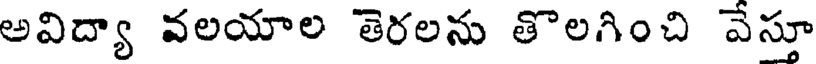
అవిద్యా వలయాల తెరలను తొలగించి వేస్తూ